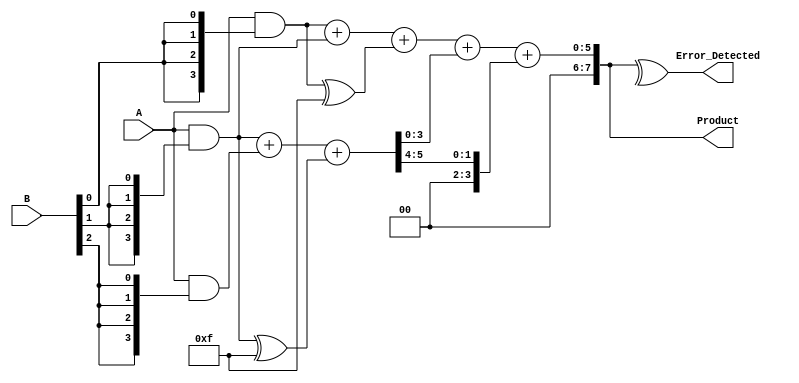
module FaultTolerantWallaceTreeMultiplier #(parameter N = 4)(
    input [N-1:0] A,
    input [N-1:0] B,
    output [2*N-1:0] Product,
    output Error_Detected
);

// Generate Partial Products with Redundancy
wire [N-1:0] pp [0:N-1]; // Partial products
wire [N-1:0] pp_red [0:N-1]; // Redundant partial products (for fault tolerance)

// Generate partial products
genvar i, j;
generate
    for (i = 0; i < N; i = i + 1) begin: pp_gen
        assign pp[i] = A & {N{B[i]}};
        assign pp_red[i] = pp[i] ^ {N{1'b1}}; // Redundant partial products (for fault tolerance)
    end
endgenerate

// Wallace Tree Reduction
wire [N-1:0] sum [0:N]; // Intermediate sums
wire [N-1:0] carry [0:N]; // Carry bits

// Initial stage of Wallace tree (Two bits per group)
generate
    for (j = 0; j < N; j = j + 1) begin: reduction_stage
        if (j < N-1) begin
            assign {carry[j], sum[j]} = pp[j] + pp[j+1] + pp_red[j]; // Sum with one redundant path
        end else begin
            assign sum[j] = pp[j] + pp_red[j];
            assign carry[j] = 0;
        end
    end
endgenerate

// Final addition of sums and carries
wire [2*N-1:0] final_sum;
assign final_sum = sum[0] + sum[1] + carry[1];

// Error Detection (Simple parity check on the final sum)
assign Error_Detected = ^final_sum; // XOR for parity bit

// Output the final product
assign Product = final_sum;

endmodule